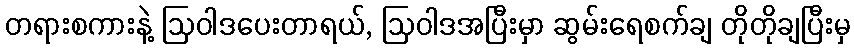
တရားစကားနဲ့ ဩဝါဒပေးတာရယ်, ဩဝါဒအပြီးမှာ ဆွမ်းရေစက်ချ တိုတိုချပြီးမှ